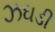
ઝઘડી